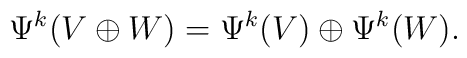
\Psi^k (V\oplus W) = \Psi^k (V)\oplus\Psi^k (W) .